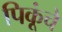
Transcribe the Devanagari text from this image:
पिकूंचे